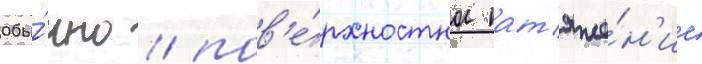
Обы́чно / пов'е́рхностное нат'яже́н'ие